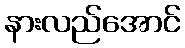
နားလည်အောင်